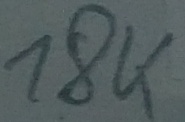
Text: 18K